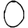
Digit: 0